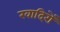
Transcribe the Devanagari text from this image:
खादिरों